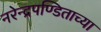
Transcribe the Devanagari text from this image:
नरेन्द्रपण्डिताच्या